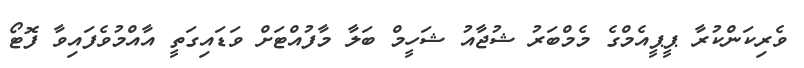
ވެރިކަންކުރާ ޕީޕީއެމްގެ މެމްބަރު ޝުޖާއު ޝަހީމް ބަލާ މާފުއްޓަށް ވަޑައިގަތީ އާއްމުވެފައިވާ ފޮޓޯ